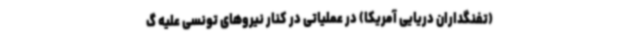
(تفنگداران دریایی آمریکا) در عملیاتی در کنار نیروهای تونسی علیه گ